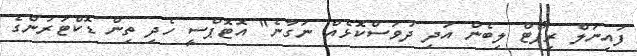
ފައިނަލް ރިޕޯޓް ލިބެން އަދި ދުވަސްކޮޅެއް ނަގާނެ" އޮޓޮޕްސީ ހެދި ތިން ޑޮކްޓަރުންގެ